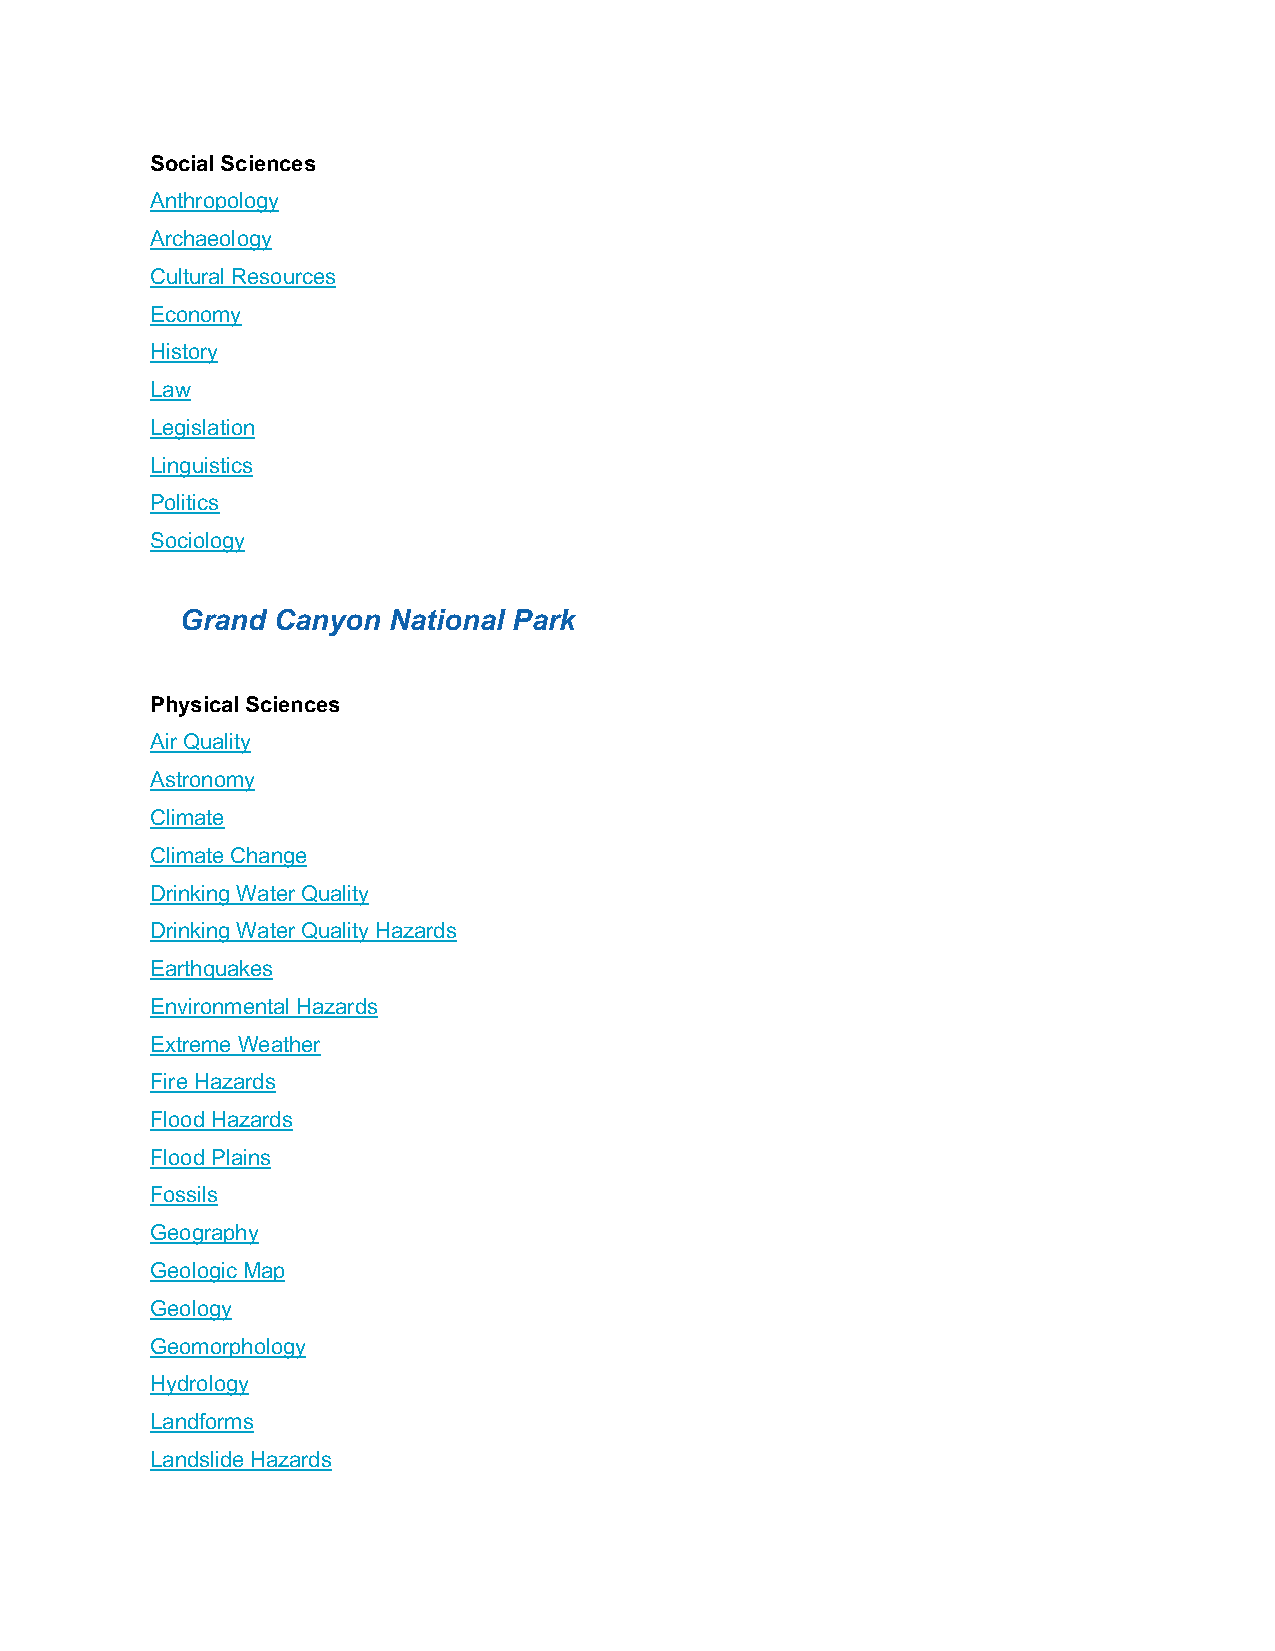
Social Sciences
 Anthropology
 Archaeology
 Cultural Resources
 Economy
 History
 Law
 Legislation
 Linguistics
 Politics
 Sociology
 Grand Canyon  National Park
 Physical Sciences
 Air Quality
 Astronomy
 Climate
 Climate Change
 Drinking Water Quality
 Drinking Water Quality Hazards
 Earthquakes
 Environmental Hazards
 Extreme Weather
 Fire Hazards
 Flood Hazards
 Flood Plains
 Fossils
 Geography
 Geologic Map
 Geology
 Geomorphology
 Hydrology
 Landforms
 Landslide Hazards